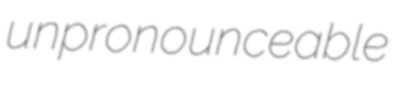
unpronounceable